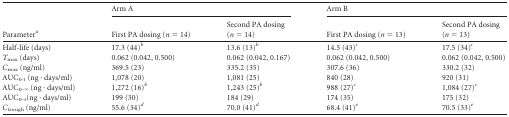
<table><thead><tr><td rowspan="2"><b>Parameter<sup><i>a</i></sup></b></td><td colspan="2"><b>Arm A</b></td><td colspan="2"><b>Arm B</b></td></tr><tr><td><b>First PA dosing (<i>n</i> = 14)</b></td><td><b>Second PA dosing (<i>n</i> = 14)</b></td><td><b>First PA dosing (<i>n</i> = 13)</b></td><td><b>Second PA dosing (<i>n</i> = 13)</b></td></tr></thead><tbody><tr><td>Half-life (days)</td><td>17.3 (44)<sup><i>b</i></sup></td><td>13.6 (13)<sup><i>b</i></sup></td><td>14.5 (43)<sup><i>c</i></sup></td><td>17.5 (34)<sup><i>c</i></sup></td></tr><tr><td><i>T</i><sub>max</sub> (days)</td><td>0.062 (0.042, 0.500)</td><td>0.062 (0.042, 0.167)</td><td>0.062 (0.042, 0.500)</td><td>0.062 (0.042, 0.500)</td></tr><tr><td><i>C</i><sub>max</sub> (ng/ml)</td><td>369.5 (23)</td><td>335.2 (35)</td><td>307.6 (36)</td><td>330.2 (32)</td></tr><tr><td>AUC<sub>0-t</sub> (ng · days/ml)</td><td>1,078 (20)</td><td>1,081 (25)</td><td>840 (28)</td><td>920 (31)</td></tr><tr><td>AUC<sub>0–∞</sub> (ng · days/ml)</td><td>1,272 (16)<sup><i>b</i></sup></td><td>1,243 (25)<sup><i>b</i></sup></td><td>988 (27)<sup><i>c</i></sup></td><td>1,084 (27)<sup><i>c</i></sup></td></tr><tr><td>AUC<sub>0-τ</sub>(ng · days/ml)</td><td>199 (30)</td><td>184 (29)</td><td>174 (35)</td><td>175 (32)</td></tr><tr><td><i>C</i><sub>trough</sub> (ng/ml)</td><td>55.6 (34)<sup><i>d</i></sup></td><td>70.0 (41)<sup><i>d</i></sup></td><td>68.4 (41)<sup><i>e</i></sup></td><td>70.5 (33)<sup><i>e</i></sup></td></tr></tbody></table>